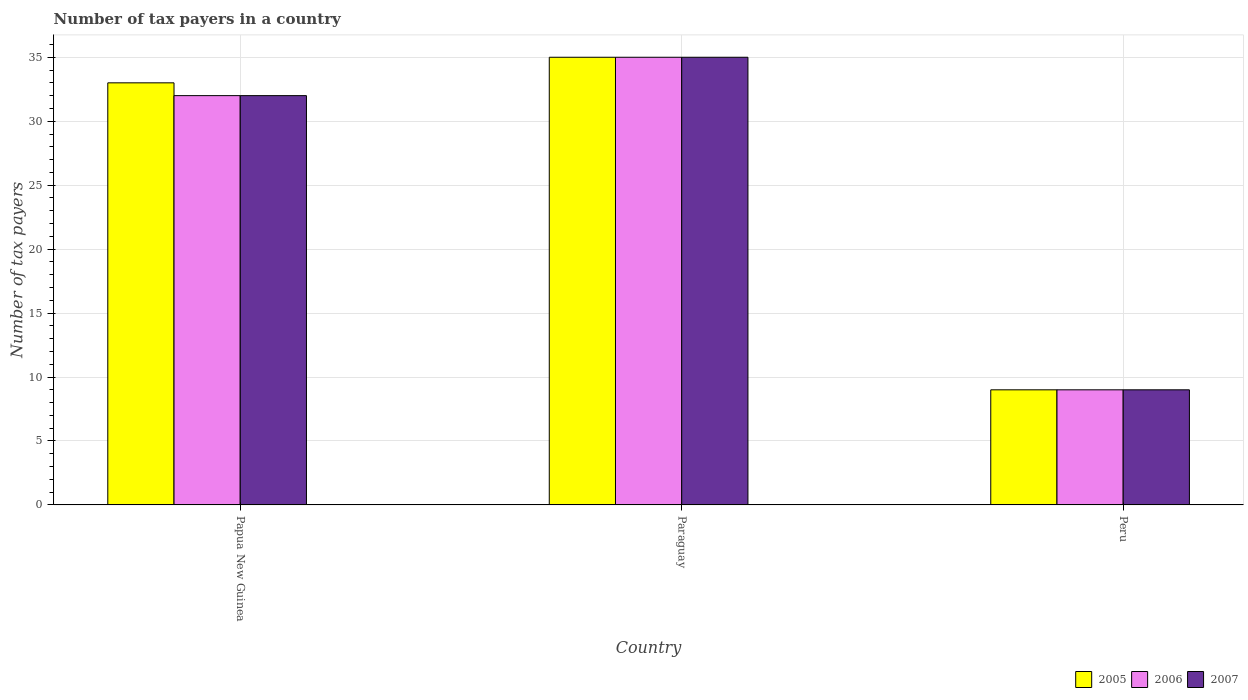
| Country | 2005 | 2006 | 2007 |
 | --- | --- | --- | --- |
 | Papua New Guinea | 33 | 32 | 32 |
 | Paraguay | 35 | 35 | 35 |
 | Peru | 9 | 9 | 9 |